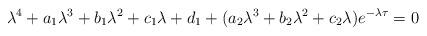
LaTeX: \begin{align*}\lambda^{4}+a_{1}\lambda^{3}+b_{1}\lambda^{2}+c_{1}\lambda+d_{1}+(a_{2}\lambda^{3}+b_{2}\lambda^{2}+c_{2}\lambda)e^{-\lambda\tau}=0\end{align*}